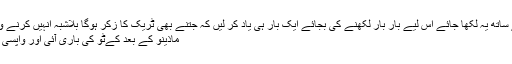
اصل میں ان کے ہر ٹریک کے ساتھ یہ لکھا جائے اس لیے بار بار لکھنے کی بجائے ایک بار ہی یاد کر لیں کہ جتنے بھی ٹریک کا زکر ہوگا بلاشبہ انہیں کرنے والی فرح پہلی خاتون ٹریکر ہیں
ماذینو کے بعد کےٹو کی باری آئی اور واپسی پر غونڈوغورو پاس بھی کرلیا۔